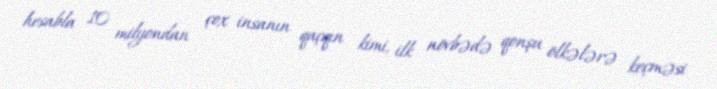
hesabla 10 milyondan çox insanın qaçqın kimi, ilk növbədə qonşu ölkələrə keçməsi